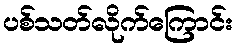
ပစ်သတ်လိုက်ကြောင်း